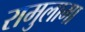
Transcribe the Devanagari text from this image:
रामुलामा